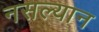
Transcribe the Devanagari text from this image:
नसल्यान